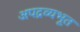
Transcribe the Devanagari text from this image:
अपद्रव्यभूत